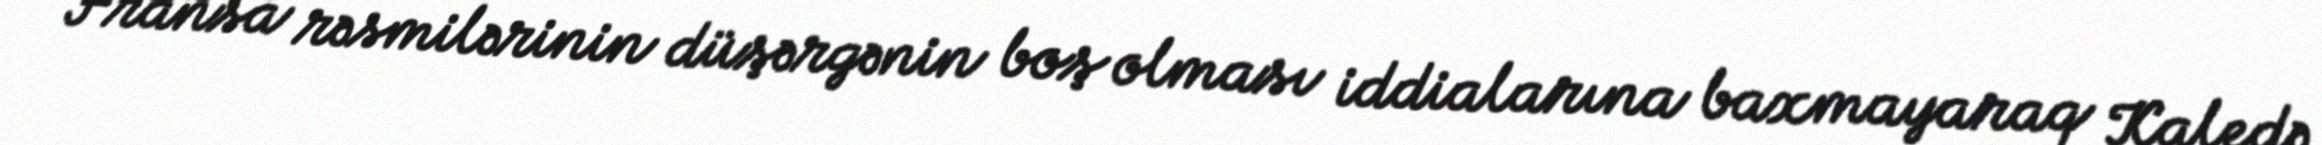
Fransa rəsmilərinin düşərgənin boş olması iddialarına baxmayaraq Kaledə